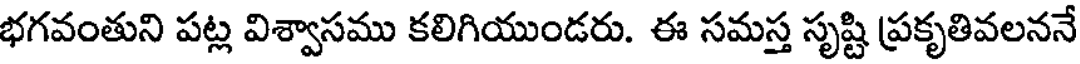
భగవంతుని పట్ల విశ్వాసము కలిగియుండరు. ఈ సమస్త సృష్టి ప్రకృతివలననే